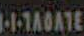
--TADATE